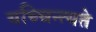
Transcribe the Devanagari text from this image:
यच्चिन्त्यते